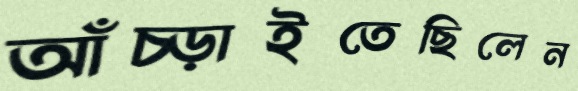
আঁচ্‌ড়াইতেছিলেন